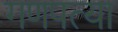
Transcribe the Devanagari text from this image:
गणपत्या